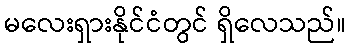
မလေးရှားနိုင်ငံတွင် ရှိလေသည်။